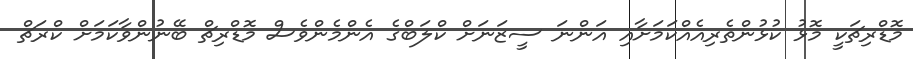
މޮޑްރިޗަކީ މޮޅު ކުޅުންތެރިއެއްކަމަށާއި އަންނަ ސީޒަނަށް ކްލަބްގެ އެންމެންވެސް މޮޑްރިޗް ބޭނުންވާކަމަށް ކްރަޗް